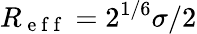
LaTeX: R_{\mathrm{~e~f~f~}}=2^{1/6}\sigma/2